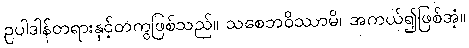
ဥပါဒါန်တရားနှင့်တကွဖြစ်သည်။ သစေဘဝိဿာမိ၊ အကယ်၍ဖြစ်အံ့။